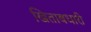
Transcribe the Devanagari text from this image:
खिताबधारी